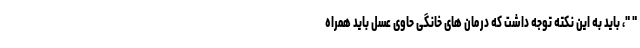
" "، باید به این نکته توجه داشت که درمان های خانگی حاوی عسل باید همراه